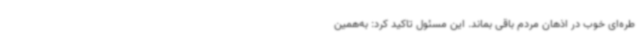
طره‌ای خوب در اذهان مردم باقی بماند. این مسئول تاکید کرد: به‌همین